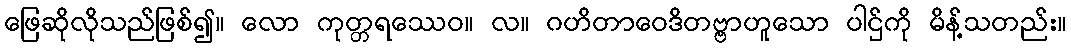
ဖြေဆိုလိုသည်ဖြစ်၍။ လော ကုတ္တရဿေဝ။ လ။ ဂဟိတာဝေဒိတဗ္ဗာဟူသော ပါဌ်ကို မိန့်သတည်း။